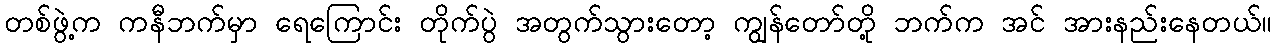
တစ်ဖွဲ့က ကနီဘက်မှာ ရေကြောင်း တိုက်ပွဲ အတွက်သွားတော့ ကျွန်တော်တို့ ဘက်က အင် အားနည်းနေတယ်။